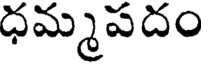
ధమ్మపదం